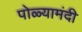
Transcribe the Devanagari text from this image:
पोळ्यामंदी